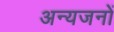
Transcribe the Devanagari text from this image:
अन्यजनों